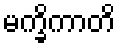
မက္ခိကာတိ